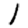
Digit: 1